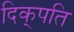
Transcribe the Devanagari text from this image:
दिक्‌पति